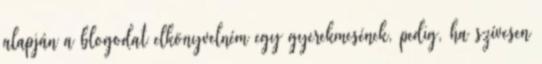
alapján a blogodat elkönyvelném egy gyerekmesének, pedig, ha szívesen